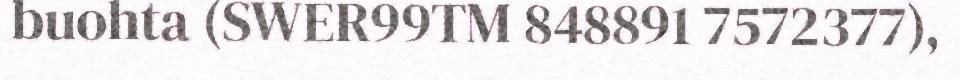
buohta (SWER99TM 848891 7572377),